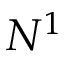
N ^ { 1 }